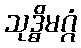
သုဒ္ဓိမဂ္ဂံ